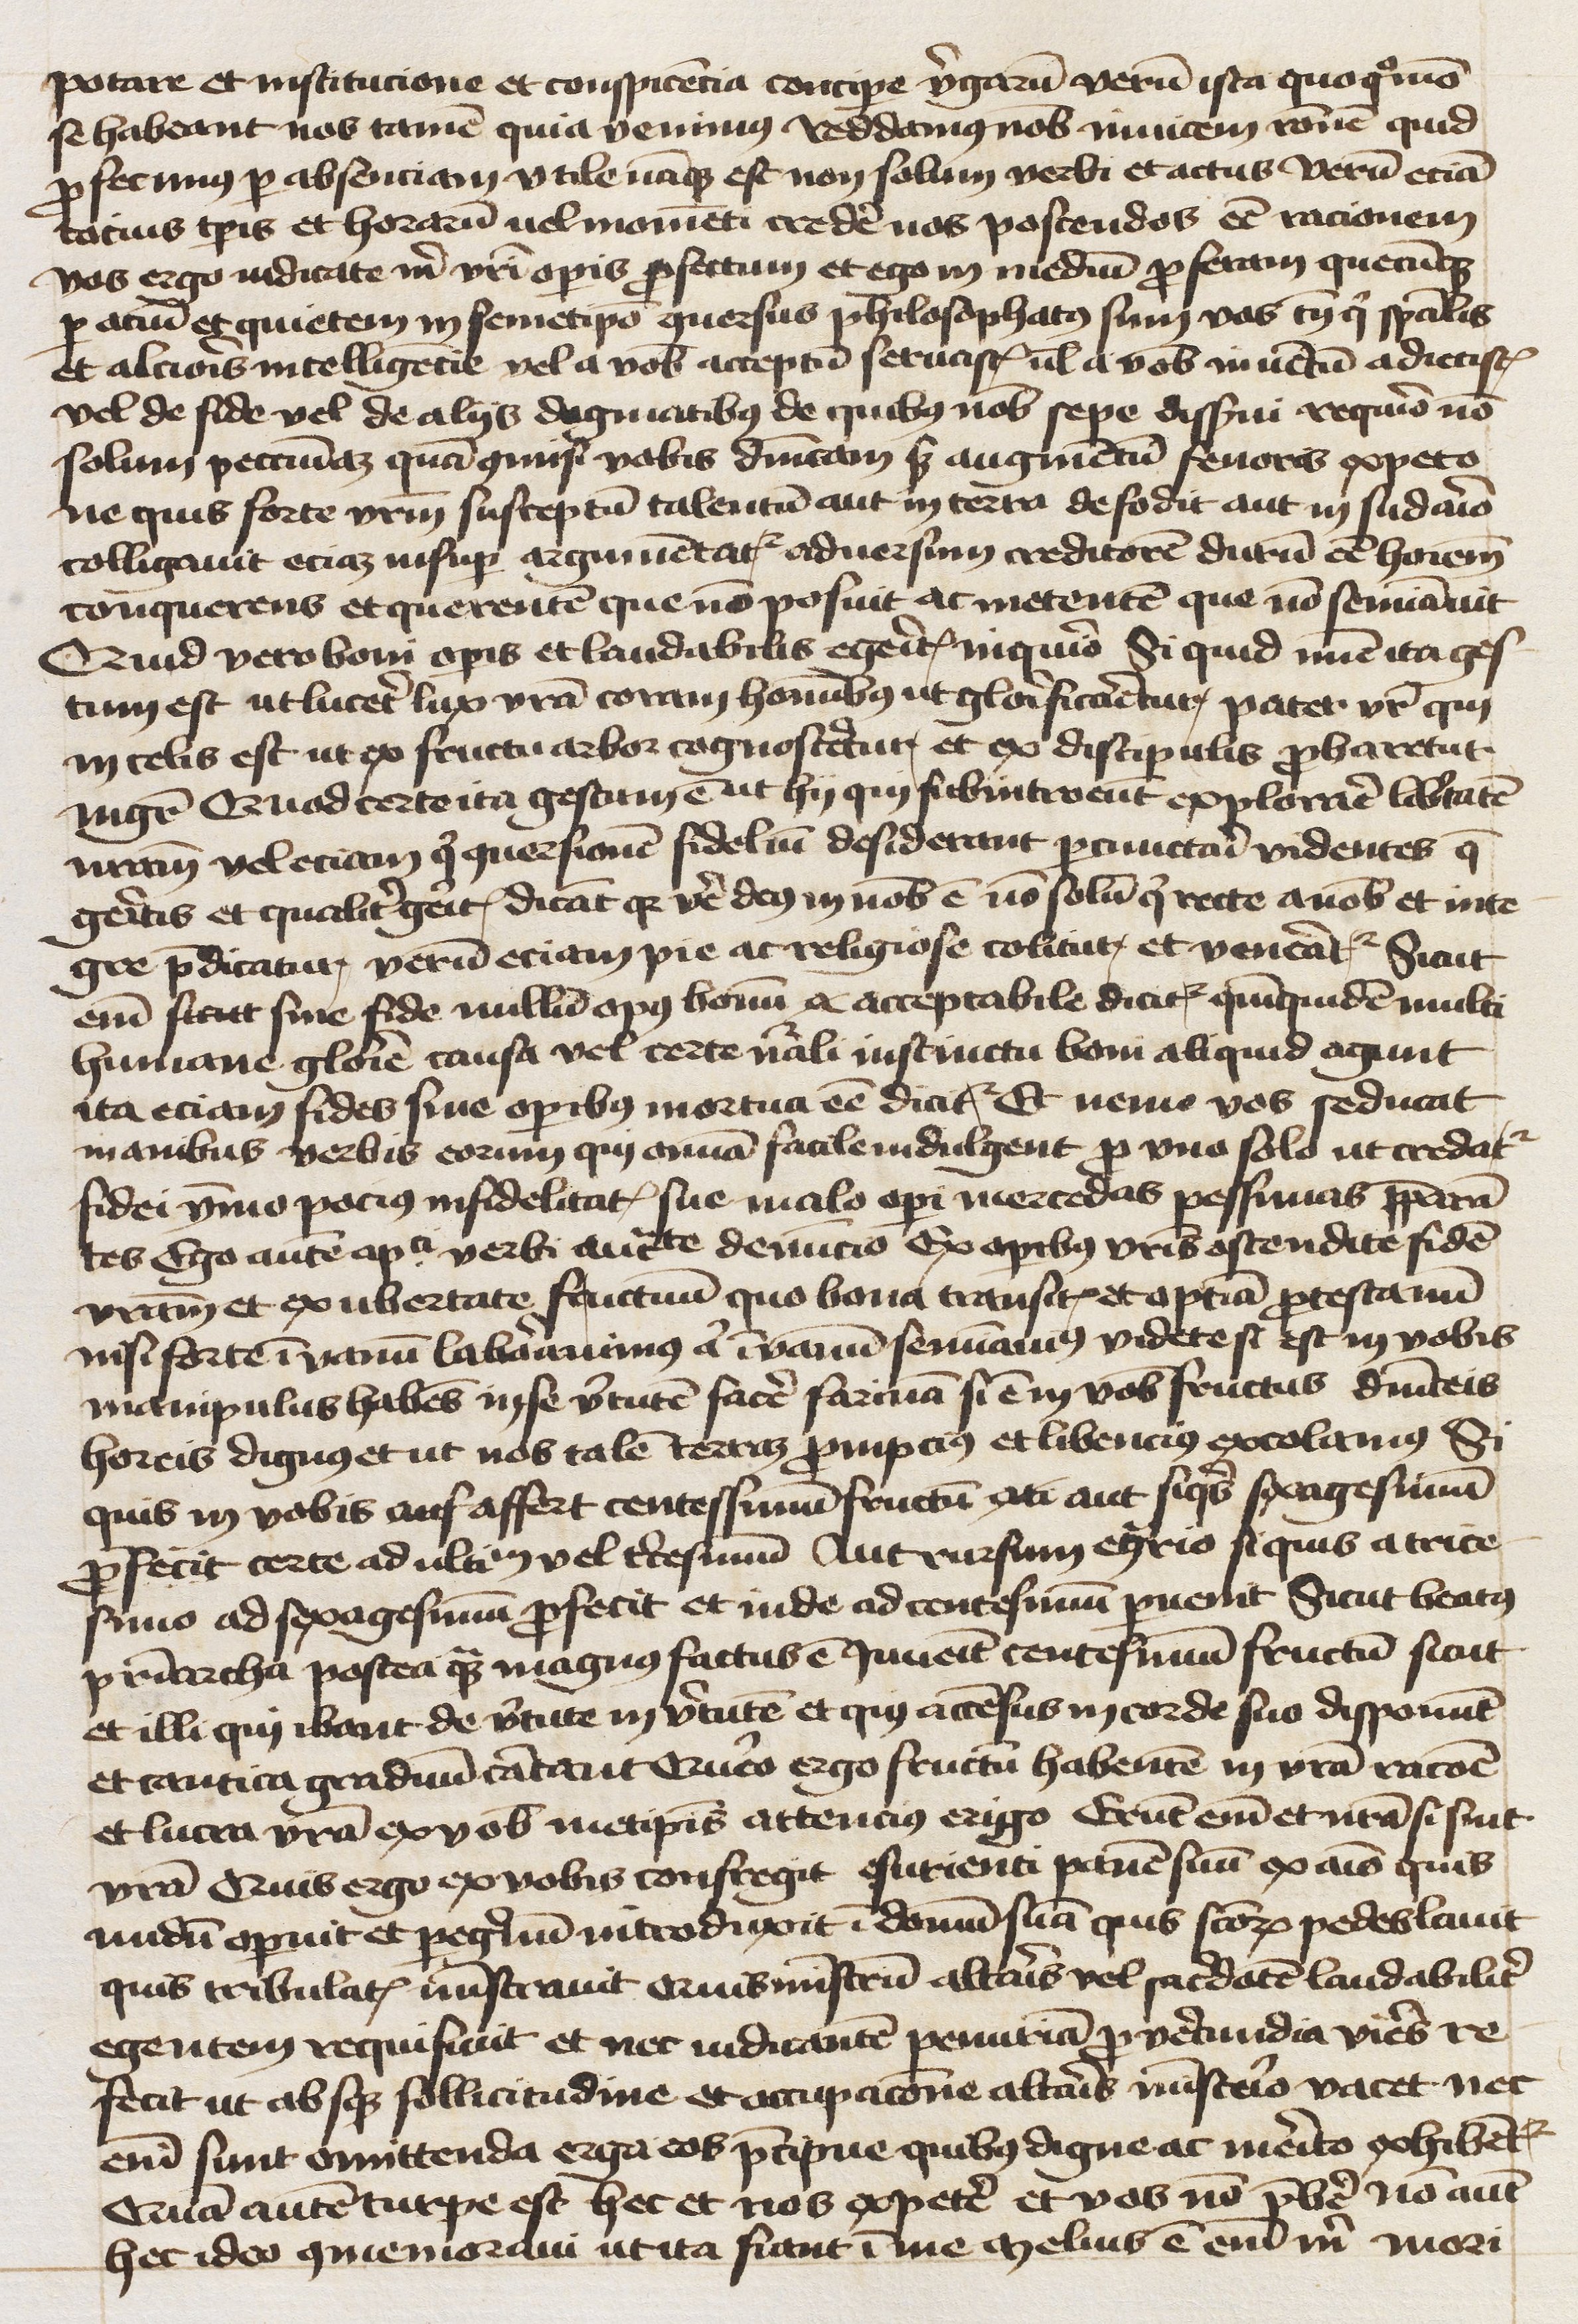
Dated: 1450–1499